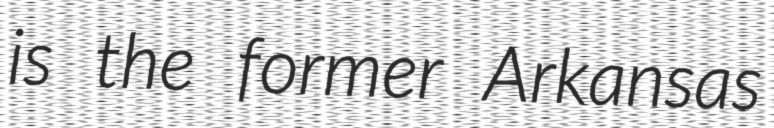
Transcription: is the former Arkansas